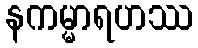
နကမ္မာရဟဿ